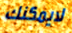
لايمكنك